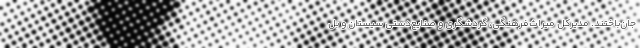
جان‌باختند. مدیرکل میراث‌فرهنگی، گردشگری و صنایع‌دستی سیستان و بل